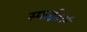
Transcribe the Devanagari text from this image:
स्पाईडर्स